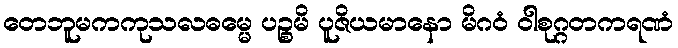
တေဘူမကကုသလဓမ္မေ ပဉ္စမိ ပူဇိယမာနော မိဂဝံ ဝါစုဂ္ဂတကရဏံ